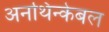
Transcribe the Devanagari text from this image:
अनथिन्केबल